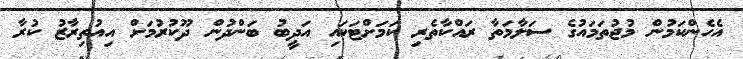
އެހެންކަމުން މުޖުތަމައުގެ ސަލާމަތާ ރައްކާތެރި ކަމަށްޓަކައި އަދީބު ބަންދުން ދޫކުރުމަށް އިއުތިރާޒު ކުރާ